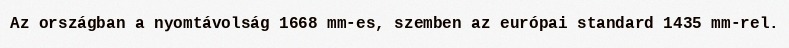
Az országban a nyomtávolság 1668 mm-es, szemben az európai standard 1435 mm-rel.